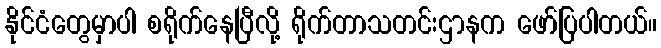
နိုင်ငံတွေမှာပါ စရိုက်နေပြီလို့ ရိုက်တာသတင်းဌာနက ဖော်ပြပါတယ်။